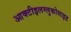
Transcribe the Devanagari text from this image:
आक्टीइलग्लुकोसाइड